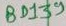
Text: BD139